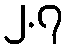
၂.၇